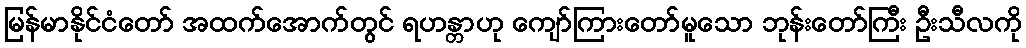
မြန်မာနိုင်ငံတော် အထက်အောက်တွင် ရဟန္တာဟု ကျော်ကြားတော်မူသော ဘုန်းတော်ကြီး ဦးသီလကို